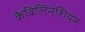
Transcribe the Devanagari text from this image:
कैबिलिनेशियन